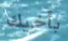
بأخيك